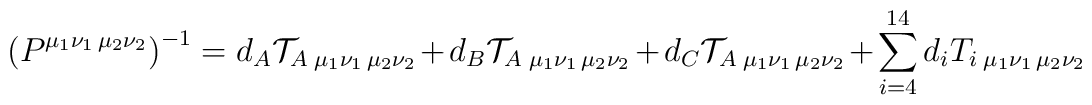
\left(P^{\mu_1\nu_1\,\mu_2\nu_2}\right)^{-1}=d_A {\cal T}_{A\;{\mu_1\nu_1\,\mu_2\nu_2}}+d_B {\cal T}_{A\;{\mu_1\nu_1\,\mu_2\nu_2}}+d_C {\cal T}_{A\;{\mu_1\nu_1\,\mu_2\nu_2}}+\sum_{i=4}^{14} d_i T_{i\;{\mu_1\nu_1\,\mu_2\nu_2}}